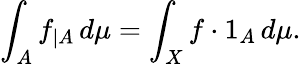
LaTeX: \int_{A}f_{|A}\, d\mu=\int_{X}f\cdot 1_{A}\, d\mu.